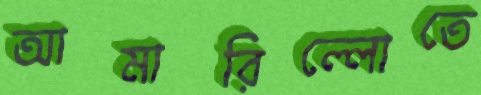
আমারিল্লোতে